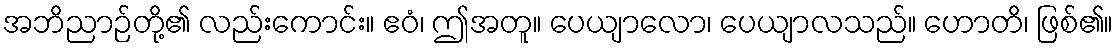
အဘိညာဉ်တို့၏ လည်းကောင်း။ ဧဝံ၊ ဤအတူ။ ပေယျာလော၊ ပေယျာလသည်။ ဟောတိ၊ ဖြစ်၏။